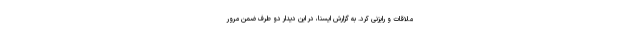
ملاقات و رایزنی کرد. به گزارش ایسنا، در این دیدار دو طرف ضمن مرور